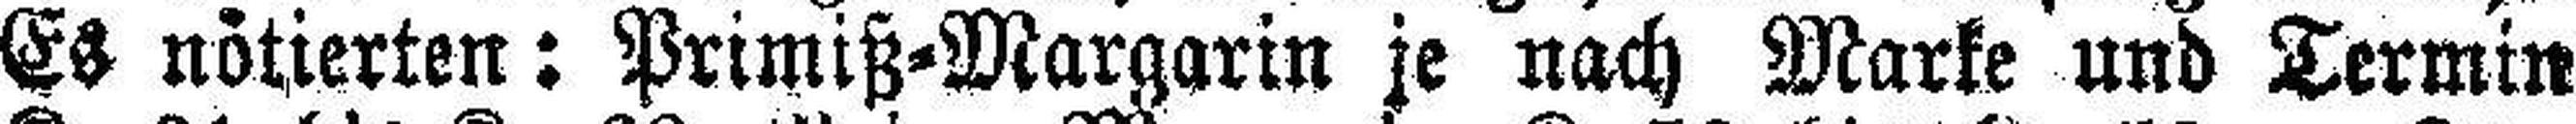
Es nötierten: Primiß=Margarin je nach Marke und Termin